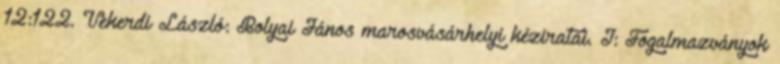
12:122. Vekerdi László: Bolyai János marosvásárhelyi kéziratai. I: Fogalmazványok